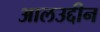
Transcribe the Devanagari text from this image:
आलउद्दीन